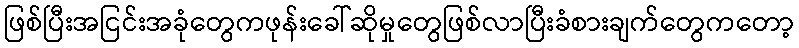
ဖြစ်ပြီးအငြင်းအခုံတွေကဖုန်းခေါ်ဆိုမှုတွေဖြစ်လာပြီးခံစားချက်တွေကတော့